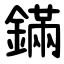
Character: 鏋